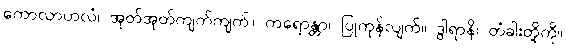
ကောလာဟလံ၊ အုတ်အုတ်ကျက်ကျက်။ ကရောန္တာ၊ ပြုကုန်လျက်။ ဒွါရာနိ၊ တံခါးတို့ကို။